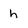
Character: h